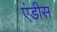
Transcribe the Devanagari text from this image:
एंडीस